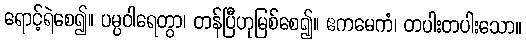
ရောင့်ရဲစေ၍။ ပမ္ပဝါရေတွာ၊ တန်ပြီဟုမြစ်စေ၍။ ဧကမေကံ၊ တပါးတပါးသော။